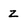
Character: z